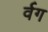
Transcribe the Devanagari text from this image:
र्वग